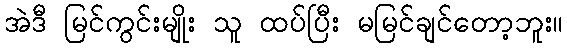
အဲဒီ မြင်ကွင်းမျိုး သူ ထပ်ပြီး မမြင်ချင်တော့ဘူး။